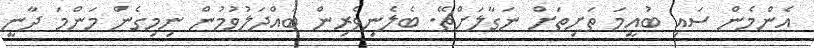
އެންމެން ސައި ބުއީމަ ތަށިތަށް ނަގާލަށްޗޭ. ބެލެނިވެރިން ބައްދަލުވުމުން ނިމިގެން މަންމަ ދާނީ